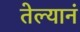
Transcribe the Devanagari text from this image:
तेल्यानं